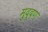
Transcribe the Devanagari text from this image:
मुद्दण